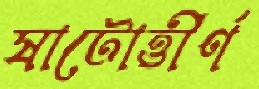
ষাটোত্তীর্ণ